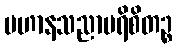
ပဟာနသညာပရိစိတဉ္စ